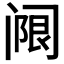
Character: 𬮵